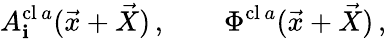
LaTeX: A_{\mathbf{i}}^{\mathrm{{cl}}\, a}(\vec{{x}}+\vec{{X}})\, ,\qquad\Phi^{\mathrm{{cl}}\, a}(\vec{{x}}+\vec{{X}})\, ,